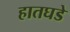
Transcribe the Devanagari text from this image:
हातघडे